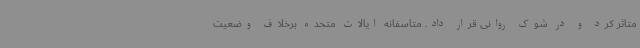
متاثر کرد و در شوک روانی قرار داد. متاسفانه ایالات متحده برخلاف وضعیت